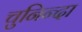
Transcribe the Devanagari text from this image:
चुनिन्‍दा